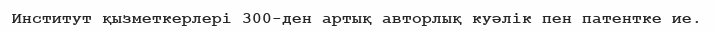
Институт қызметкерлері 300-ден артық авторлық куәлік пен патентке ие.